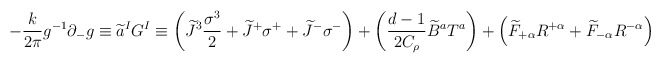
\begin{align*}-\frac{k}{2\pi} g^{-1}\partial_{-}g\equiv \widetilde{a}^I G^{I}\equiv \left( \widetilde{J}^{3}\frac{\sigma^{3}}{2}+\widetilde{J}^{+}\sigma^{+}+\widetilde{J}^{-}\sigma^{-}\right) +\left(\frac{d-1}{2C_{\rho}}\widetilde{B}^{a}T^{a}\right)+\left(\widetilde{F}_{+\alpha}R^{+\alpha}+\widetilde{F}_{-\alpha}R^{-\alpha}\right)\end{align*}